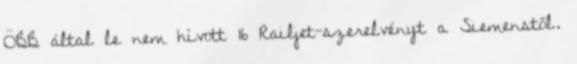
ÖBB által le nem hívott 16 Railjet-szerelvényt a Siemenstől.